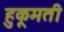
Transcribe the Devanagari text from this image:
हुकूमती